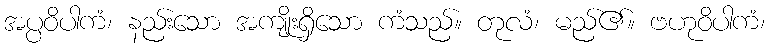
အပ္ပဝိပါကံ၊ နည်းသော အကျိုးရှိသော ကံသည်။ တုလံ၊ မည်၏။ ဗဟုဝိပါကံ၊